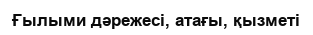
Ғылыми дәрежесі, атағы, қызметі